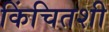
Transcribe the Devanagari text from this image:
किंचितशी